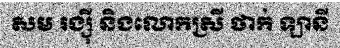
សម រង្ស៊ី និងលោកស្រី ថាក់ ឡានី